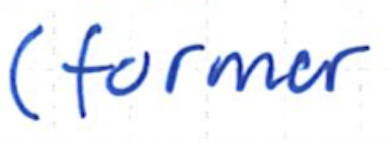
Text: (former
Cross-out: clean
Writing tool: ballpoint